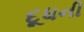
દૂધની